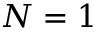
N = 1